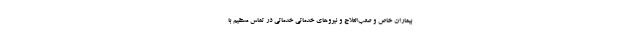
بیماران خاص و صعب‌العلاج و نیروهای خدماتی خدماتی در تماس مستقیم با